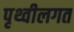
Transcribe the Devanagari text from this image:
पृथ्वीलगत